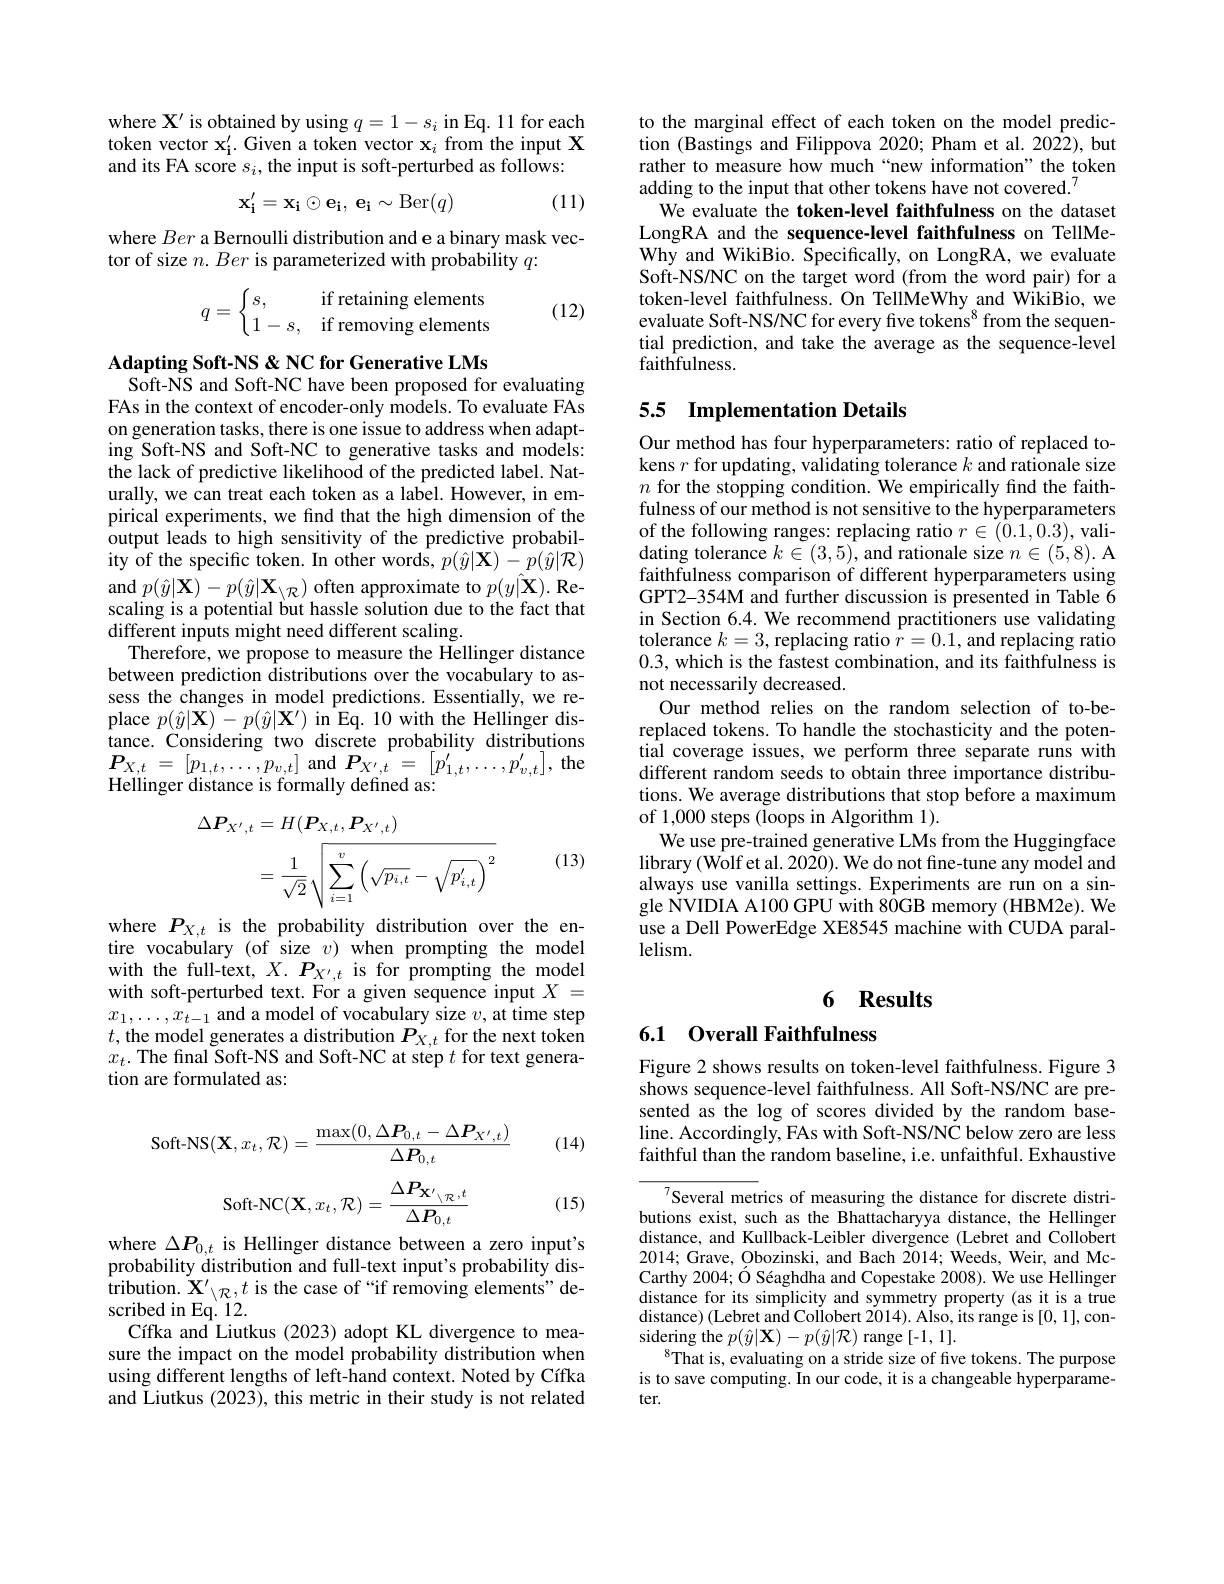
where $\mathbf{X}^\prime$ is obtained by using $q=1-s_i$ in Eq. 11 for each token vector $\mathbf{x_i^{\prime}}.$ Given a token vector $\mathbf{x_i}$ from the input X and its FA score $s_i$,the input is soft-perturbed as follows:
$$\mathbf{x_{i}^{\prime}=x_{i}\odot e_{i},\:e_{i}\sim Ber(q)}$$
(11)

where Ber a Bernoulli distribution and e a binary mask vec-
tor of size $n.Ber$ is parameterized with probability $q:$

(12)
$$q=\begin{cases}s,&\text{if retaining elements}\\1-s,&\text{if removing elements}\end{cases}$$
Adapting Soft-NS & NC for Generative LMs
Soft-NS and Soft-NC have been proposed for evaluating FAs in the context of encoder-only models. To evaluate FAs on generation tasks, there is one issue to address when adapting Soft-NS and Soft-NC to generative tasks and models: the lack of predictive likelihood of the predicted label. Naturally, we can treat each token as a label. However, in empirical experiments, we find that the high dimension of the output leads to high sensitivity of the predictive probabil- ${\mathrm{ity~of~the~specific~token.~In~other~words,~}p(\hat{y}|\mathbf{X})-p(\hat{y}|\mathcal{R})}$ $\operatorname{and}p(\hat{y}|\mathbf{X})-p(\hat{y}|\mathbf{X}_{\setminus\mathcal{R}})$ often approximate to $p( \hat{y} | \mathbf{X} ) . \textbf{Re- }$ scaling is a potential but hassle solution due to the fact that different inputs might need different scaling.
Therefore, we propose to measure the Hellinger distance between prediction distributions over the vocabulary to assess the changes in model predictions. Essentially, we replace $p(\hat{y}|\mathbf{X})-p(\hat{y}|\mathbf{X}^{\prime})$ in Eq. 10 with the Hellinger distance. Considering two discrete probability distributions $\boldsymbol{P}_{X, t}$ = $[ p_{1, t}, \ldots , p_{v, t}]$ and$\boldsymbol{P}_{X^{\prime }, t}$ = $[ p_{1, t}^{\prime }, \ldots , p_{v, t}^{\prime }] $,the Hellinger distance is formally defined as:
$$\begin{aligned}\Delta P_{X^{\prime},t}&=H(P_{X,t},P_{X^{\prime},t})\\&=\frac{1}{\sqrt{2}}\sqrt{\sum_{i=1}^{v}\left(\sqrt{p_{i,t}}-\sqrt{p_{i,t}^{\prime}}\right)^{2}}\end{aligned}$$
(13)

where $P_{X,t}$ is the probability distribution over the entire vocabulary (of size $v)$ when prompting the model $\begin{array}{l}\mathrm{with~the~full-text,~}X.~P_{X^{\prime},t}~\mathrm{is~for~prompting~the~model}\\\mathrm{with~soft-perturbed~text.~For~a~given~sequence~input~}X=\end{array}$ $x_{1},\ldots,x_{t-1}$ and a model of vocabulary size $v$, at time step $t$,the model generates a distribution $P_{X,t}$ for the next token $x_{t}.$ The final Soft-NS and Soft-NC at step $t$ for text generation are formulated as:

(14)
$$\text{Soft-NS}(\mathbf{X},x_t,\mathcal{R})=\frac{\max(0,\Delta\boldsymbol{P}_{0,t}-\Delta\boldsymbol{P}_{X',t})}{\Delta\boldsymbol{P}_{0,t}}$$
$$\mathrm{Soft-NC}(\mathbf{X},x_{t},\mathcal{R})=\frac{\Delta P_{\mathbf{X}^{\prime}\setminus_{\mathcal{R}},t}}{\Delta P_{0,t}}$$
(15)

where $\Delta\boldsymbol{P}_{0,t}$ is Hellinger distance between a zero input's probability distribution and full-text input's probability dis- ${\mathrm{tribution.~}}\mathbf{X}^{\prime}_{\setminus\mathcal{R}},t$ is the case of “if removing elements" described in Eq. 12.
Cífka and Liutkus (2023) adopt KL divergence to measure the impact on the model probability distribution when using different lengths of left-hand context. Noted by Cífka and Liutkus (2023), this metric in their study is not related

to the marginal effect of each token on the model prediction (Bastings and Filippova 2020; Pham et al. 2022), but rather to measure how much“new information”the token adding to the input that other tokens have not covered.$^{7}$
We evaluate the token-level faithfulness on the dataset LongRA and the sequence-level faithfulness on TellMeWhy and WikiBio. Specifically, on LongRA, we evaluate Soft-NS/NC on the target word (from the word pair) for a token-level faithfulness. On TellMeWhy and WikiBio, we evaluate Soft-NS/NC for every five tokens$^{8}$ from the sequential prediction, and take the average as the sequence-level faithfulness.

# 5.5 Implementation Details

Our method has four hyperparameters: ratio of replaced tokens $r$ for updating, validating tolerance $k$ and rationale size $n$ for the stopping condition. We empirically find the faithfulness of our method is not sensitive to the hyperparameters of the following ranges: replacing ratio $r\in(0.1,0.3)$,validating tolerance $k\in(3,5)$, and rationale size $n\in(5,8).$ A faithfulness comparison of different hyperparameters using GPT2-354M and further discussion is presented in Table $\tilde{6}$ in Section 6.4. We recommend practitioners use validating tolerance $k=3$, replacing ratio $r=0.1$, and replacing ratio 0.3, which is the fastest combination, and its faithfulness is not necessarily decreased.
Our method relies on the random selection of to-bereplaced tokens. To handle the stochasticity and the potential coverage issues, we perform three separate runs with different random seeds to obtain three importance distributions. We average distributions that stop before a maximum of 1,000 steps (loops in Algorithm 1).
We use pre-trained generative LMs from the Huggingface library (Wolf et al. 2020). We do not fine-tune any model and always use vanilla settings. Experiments are run on a single NVIDIA A100 GPU with 80GB memory (HBM2e). We use a Dell PowerEdge XE8545 machine with CUDA parallelism.

# 6 Results

## 6.1 Overall Faithfulness

Figure 2 shows results on token-level faithfulness. Figure 3 shows sequence-level faithfulness. All Soft-NS/NC are presented as the log of scores divided by the random baseline. Accordingly, FAs with Soft-NS/NC below zero are less faithful than the random baseline, i.e. unfaithful. Exhaustive

Several metrics of measuring the distance for discrete distributions exist, such as the Bhattacharyya distance, the Hellinger distance, and Kullback-Leibler divergence (Lebret and Collobert 2014; Grave, Obozinski, and Bach $\bar{20}14;$ Weeds, Weir, and McCarthy 2004; Ó Séaghdha and Copestake 2008). We use Hellinger distance for its simplicity and symmetry property (as it is a true distance) (Lebret and Collobert 2014). Also, its range is [0, 1], considering the $p(\hat{y}|\mathbf{X})-p(\hat{y}|\mathcal{R})$ range [-1,1].
$^{8}$That is, evaluating on a stride size of five tokens. The purpose is to save computing. In our code, it is a changeable hyperparameter.